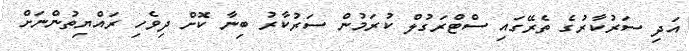
އަދި ސަރުކާރުގެ ތެރޭގައި ސްޓްރަގުލް ކުރަމުން ސަރުކާރު ބިނާ ކޮށް ދިވެހި ރައްޔިތުންނަށް